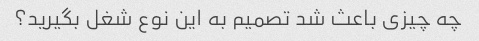
چه چیزی باعث شد تصمیم به این نوع شغل بگیرید؟